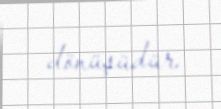
dönüşüdür.